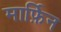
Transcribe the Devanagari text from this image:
मार्फ़िन